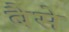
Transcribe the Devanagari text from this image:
बैसे